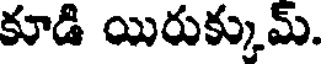
కూడి యిరుక్కుమ్.